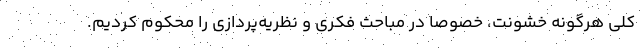
کلی هرگونه خشونت، خصوصا در مباحث فکری و نظریه‌پردازی را محکوم کردیم.